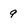
Character: 9